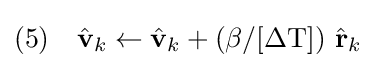
{\text{(5)}}\quad {\hat {\textbf {v}}}_{k}\leftarrow {\hat {\textbf {v}}}_{k}+(\beta /[\Delta {\textrm {T}}])\ {\hat {\textbf {r}}}_{k}